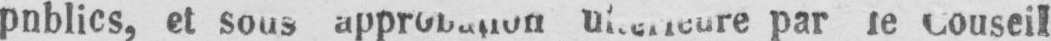
par le Couseil